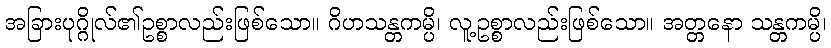
အခြားပုဂ္ဂိုလ်၏ဥစ္စာလည်းဖြစ်သော။ ဂိဟသန္တကမ္ပိ၊ လူ့ဥစ္စာလည်းဖြစ်သော။ အတ္တနော သန္တကမ္ပိ၊